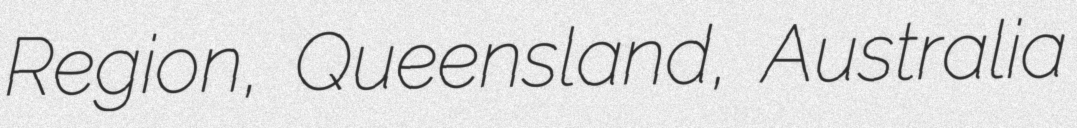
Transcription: Region, Queensland, Australia